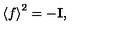
\left< f \right> ^ { 2 } = - { \bf I } ,